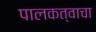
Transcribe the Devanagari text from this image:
पालकत्वाचा